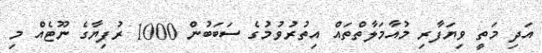
އަދި މަތީ ވިޔަފާރި މުއާމަލާތްތައް އިތުރުވުމުގެ ސަބަބުން 1000 ރުފިޔާގެ ނޫޓެއް މި